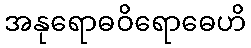
အနုရောဓဝိရောဓေဟိ